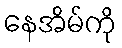
နေအိမ်ကို